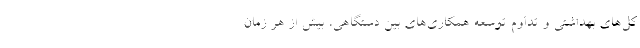
کل‌های بهداشتی و تداوم توسعه همکاری‌های بین دستگاهی، بیش از هر زمان